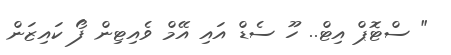
" ސްޓޮޕް އިޓް.. ހޫ ސެޑް އައި އޭމް ވެއިޓިން ފޯ ކައިޒަން